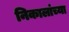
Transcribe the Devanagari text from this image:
निकालांच्या